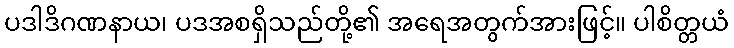
ပဒါဒိဂဏနာယ၊ ပဒအစရှိသည်တို့၏ အရေအတွက်အားဖြင့်။ ပါစိတ္တယံ